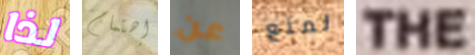
لذا إهتمام عن لمنع THE